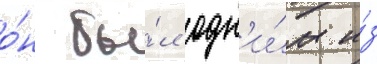
о́н бы́л одн'и́м и́з